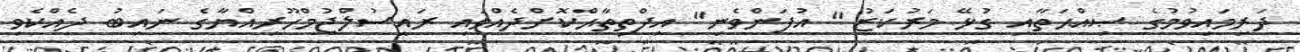
ދަރިމައިވުމުގެ ޞިއްޙަތާއި ގުޅޭ މަރުކަޒު " އުފަންވެނި" އިފްތިތާޙްކޮށްދެއްވައި ރައީސުލްޖުމްހޫރިއްޔާގެ ނައިބު ދެއްކެވި